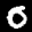
Digit: 6